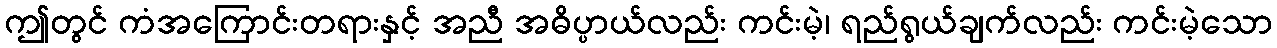
ဤတွင် ကံအကြောင်းတရားနှင့် အညီ အဓိပ္ပာယ်လည်း ကင်းမဲ့၊ ရည်ရွယ်ချက်လည်း ကင်းမဲ့သော